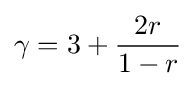
\gamma =3+{\frac {2r}{1-r}}